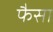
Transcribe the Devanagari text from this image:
फैसा